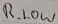
Text: R_LOW